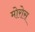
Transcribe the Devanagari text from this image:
मोरोस